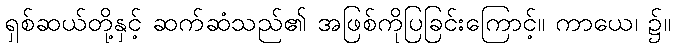
ရှစ်ဆယ်တို့နှင့် ဆက်ဆံသည်၏ အဖြစ်ကိုပြခြင်းကြောင့်။ ကာယေ၊ ၌။